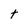
Character: t